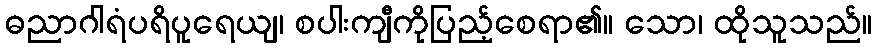
ဓညာဂါရံပရိပူရေယျ၊ စပါးကျီကိုပြည့်စေရာ၏။ သော၊ ထိုသူသည်။